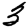
Digit: 3